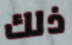
ذلك